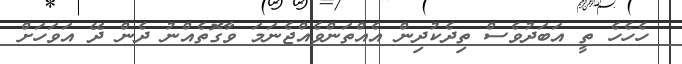
ހެހެހެ ތީ އަބަދުވެސް ތިދެކުދިން އެއްތަންވެއްޖެނަމަ ވާގޮތެއްނު ދެން ދޭ އަވަހަށް